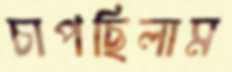
চাপছিলাম